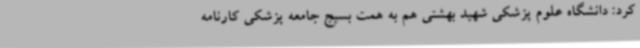
کرد: دانشگاه علوم پزشکی شهید بهشتی هم به همت بسیج جامعه پزشکی کارنامه